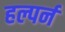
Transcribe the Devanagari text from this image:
हल्पर्न